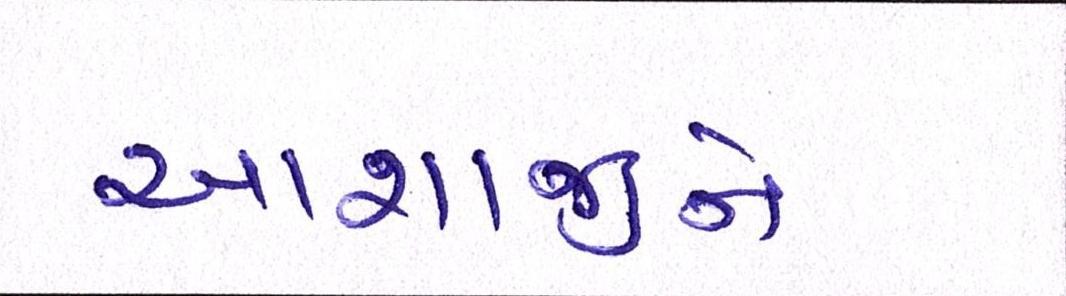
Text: આશાજીને